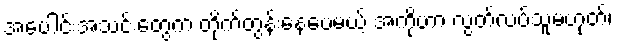
အပေါင်းအသင်းတွေက တိုက်တွန်းနေပေမယ့် အကိုဟာ လွတ်လပ်သူမဟုတ်၊